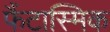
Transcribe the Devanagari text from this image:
फैंटास्मिक